Civil Veterinary Department. United Provinces 1932-42 - 1932-1942
Year: 1932
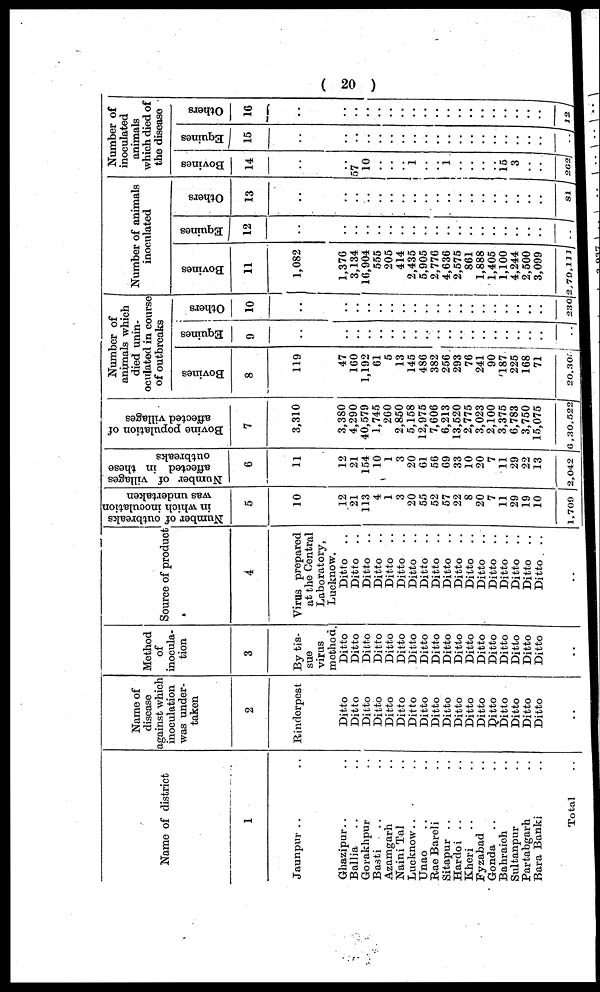
(20)
Name of district
1
Jaunpur .. ..
Ghazipur .. ..
Ballia .. ..
Gorakhpur ..
Basti .. ..
Azamgarh ..
Naini Tal ..
Lucknow .. ..
Unao .. ..
Rae Bareli ..
Sitapur .. ..
Hardoi .. ..
Kheri .. ..
Fyzabad ..
Gonda .. ..
Bahraich ..
Sultanpur ..
Partabgarh ..
Bara Banki ..
Total ..
Name of
disease
against which
inoculation
was under-
taken
2
Rinderpest
Ditto
Ditto
Ditto
Ditto
Ditto
Ditto
Ditto
Ditto
Ditto
Ditto
Ditto
Ditto
Ditto
Ditto
Ditto
Ditto
Ditto
Ditto
..
Method
of
inocula-
tion
3
By tis-
sue
virus
method.
Ditto
Ditto
Ditto
Ditto
Ditto
Ditto
Ditto
Ditto
Ditto
Ditto
Ditto
Ditto
Ditto
Ditto
Ditto
Ditto
Ditto
Ditto
..
Source of product
4
Virus prepared
at the Central
Laboratory,
Lucknow.
Ditto ..
Ditto ..
Ditto
..
Ditto
..
Ditto
..
Ditto
..
Ditto
..
Ditto ..
Ditto
..
Ditto
..
Ditto
..
Ditto
..
Ditto
..
Ditto
..
Ditto
..
Ditto
..
Ditto
..
Ditto
..
..
Number of outbreaks
in which inoculation
was undertaken
5
10
12
21
113
4
1
3
20
55
52
57
22
8
20
7
11
29
19
10
1,709
Number of villages
affected in these
outbreaks
6
11
12
21
154
10
1
3
20
61
56
69
33
10
20
7
11
29
22
13
2,042
Bovine population of
affected villages
7
3,310
3,380
4,290
40,579
1,745
260
2,850
5,158
12,975
7,606
6,213
13,520
2,775
3,023
2,100
3,375
6,783
3,750
15,075
6,30,522
Number of
animals which
died unin¬
oculated in course
of outbreaks
Bovines
8
119
47
160
1,192
61
5
13
145
486
382
256
293
76
241
90
187
225
168
71
20,304
Equines
9
..
..
..
..
..
..
..
..
..
..
..
..
..
..
..
..
..
..
..
..
Ot her s
10
..
..
..
..
..
..
..
..
..
..
..
..
..
..
..
..
..
..
..
230
Number of animals
inoculated
Bovines
11
1,082
1,376
3,134
16,904
555
205
414
2,435
5,905
2,776
4,636
2,575
861
1,888
1,405
1,100
4,244
2,500
3,099
2,79,111
Equines
12
..
..
..
..
..
..
..
..
..
..
..
..
..
..
..
..
..
..
..
..
Ot her s
13
..
..
..
..
..
..
..
..
..
..
..
..
..
..
..
..
..
..
..
81
Number of
inoculated
animals
which died of
the disease
Bovines
14
..
..
57
10
..
..
..
1
..
..
1
..
..
..
..
15
3
..
..
262
Equines
15
..
..
..
..
..
..
..
..
..
..
..
..
..
..
..
..
..
..
..
..
Others
16
..
..
..
..
..
..
..
..
..
..
..
..
..
..
..
..
..
..
..
12